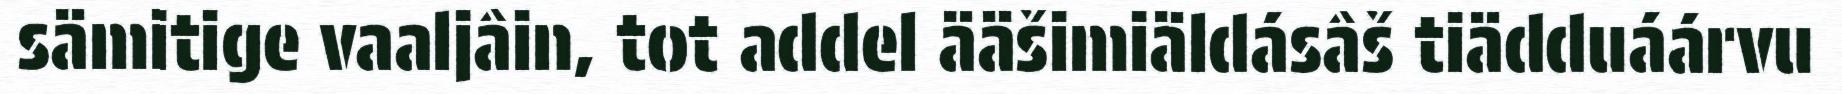
sämitige vaaljâin, tot addel ääšimiäldásâš tiädduáárvu